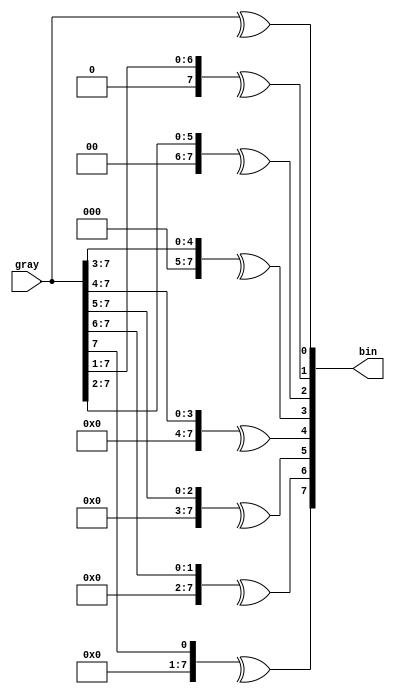


module gray2bin
  #(parameter WIDTH=8)
    (input [WIDTH-1:0] gray,
     output reg [WIDTH-1:0] bin);

   integer 		i;
   always @(gray)
     for(i = 0;i<WIDTH;i=i+1)
	  bin[i] = ^(gray>>i);
   
endmodule // gray2bin